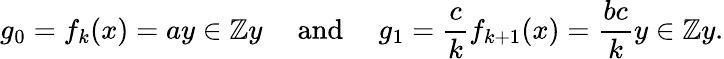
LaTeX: g_{0}=f_{k}(x)=ay\in\mathbb{Z}y\quad{\mathrm{~and~}}\quad g_{1}={\frac{c}{k}}f_{k+1}(x)={\frac{bc}{k}}y\in\mathbb{Z}y.